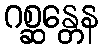
ဂစ္ဆန္တေန